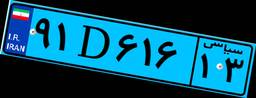
۹۱D۶۱۶۱۳